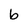
Character: b